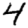
Digit: 4